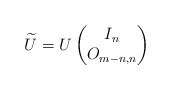
\begin{align*}\widetilde{U} = U \begin{pmatrix} I_n \\ O_{m-n,n} \end{pmatrix} \end{align*}